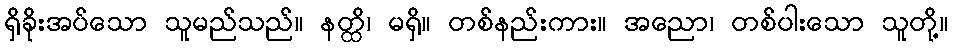
ရှိခိုးအပ်သော သူမည်သည်။ နတ္ထိ၊ မရှိ။ တစ်နည်းကား။ အညော၊ တစ်ပါးသော သူတို့။